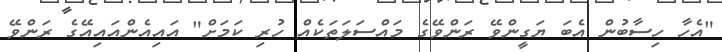
"އެހާ ހިސާބުން އެބަ ޔަގީންވޭ ރަންވޭގެ މައްސަލަތަކެއް ހުރި ކަމަށް" އައިއެންއައިއޭގެ ރަންވޭ